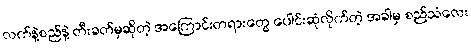
လက်နဲ့စည်နဲ့ တီးခတ်မှဆိုတဲ့ အကြောင်းတရားတွေ ပေါင်းဆုံလိုက်တဲ့ အခါမှ စည်သံလေး